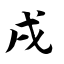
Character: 戌